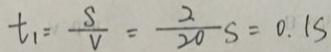
t _ { 1 } = \frac { S } { V } = \frac { 2 } { 2 0 } s = 0 . 1 s